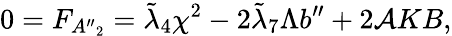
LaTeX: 0=F_{{A^{\prime\prime}}_{2}}=\tilde{\lambda}_{4}\chi^{2}-2\tilde{\lambda}_{7}\Lambda b^{\prime\prime}+2{\cal A}KB,